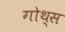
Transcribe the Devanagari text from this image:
गोथ्स